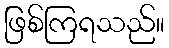
ဖြစ်ကြရသည်။